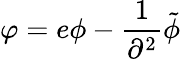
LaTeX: \varphi=e\phi-{\frac{1}{\partial^{2}}}\tilde{\phi}